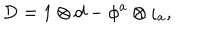
\mathrm { D } = 1 \otimes \mathrm { d } - \phi ^ { a } \otimes \iota _ { a } ,